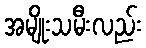
အမျိုးသမီးလည်း